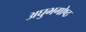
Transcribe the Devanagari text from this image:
अघुभगोष्ठ